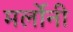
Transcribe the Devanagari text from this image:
मर्लोनी